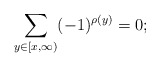
\begin{align*} \sum_{y\in [x, \infty)} (-1)^{\rho(y)} = 0;\end{align*}